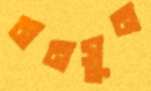
মনসুন